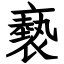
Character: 褻